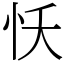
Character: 㤇